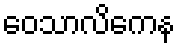
ဝေသာလိကေန